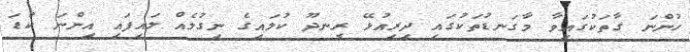
ހުންނަ ގާތަކުގައިވާ މާގަނޑުތަކުގައި ދިރިއުޅޭ ރީނދޫ ކުލައިގެ ނިގުލެއް ލައިފައި އިންނަ ކުޑަ